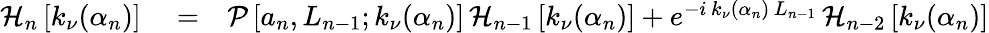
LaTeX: \begin{array}{rlr}{\mathcal{H}_{n}\left[k_{\nu}(\alpha_{n})\right]}&{{}=}&{\mathcal{P}\left[a_{n},L_{n-1};k_{\nu}(\alpha_{n})\right]\, \mathcal{H}_{n-1}\left[k_{\nu}(\alpha_{n})\right]+e^{-i\, k_{\nu}(\alpha_{n})\, L_{n-1}}\, \mathcal{H}_{n-2}\left[k_{\nu}(\alpha_{n})\right]}\end{array}